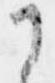
に